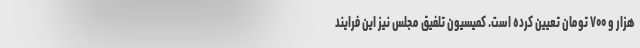
هزار و ۷۰۰ تومان تعیین کرده است. کمیسیون تلفیق مجلس نیز این فرایند